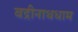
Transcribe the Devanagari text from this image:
बद्रीनाथधाम